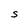
Character: S